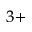
^ { 3 + }